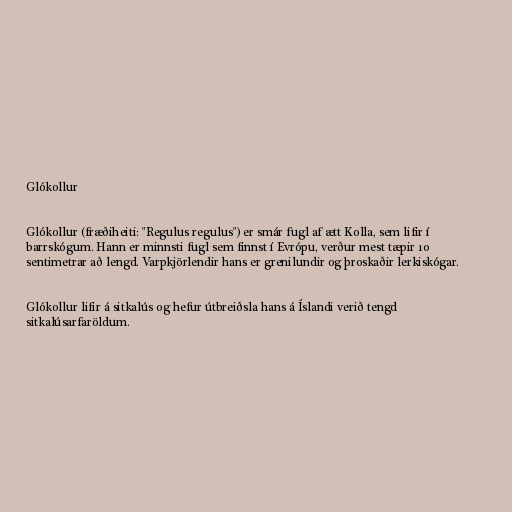
Glókollur

Glókollur (fræðiheiti: "Regulus regulus") er smár fugl af ætt Kolla, sem lifir í
barrskógum. Hann er minnsti fugl sem finnst í Evrópu, verður mest tæpir 10
sentimetrar að lengd. Varpkjörlendir hans er grenilundir og þroskaðir lerkiskógar.

Glókollur lifir á sitkalús og hefur útbreiðsla hans á Íslandi verið tengd
sitkalúsarfaröldum.